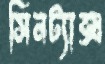
সিনট্যাক্স